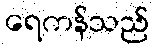
ရေကန်သည်